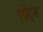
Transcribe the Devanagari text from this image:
एग्रेट्स